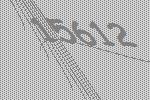
15612